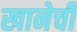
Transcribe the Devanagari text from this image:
खानेची